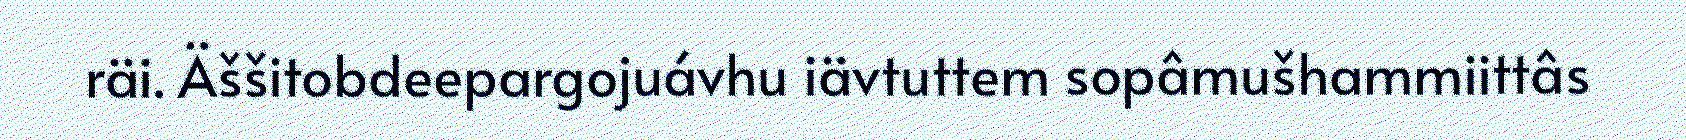
räi. Äššitobdeepargojuávhu iävtuttem sopâmušhammiittâs